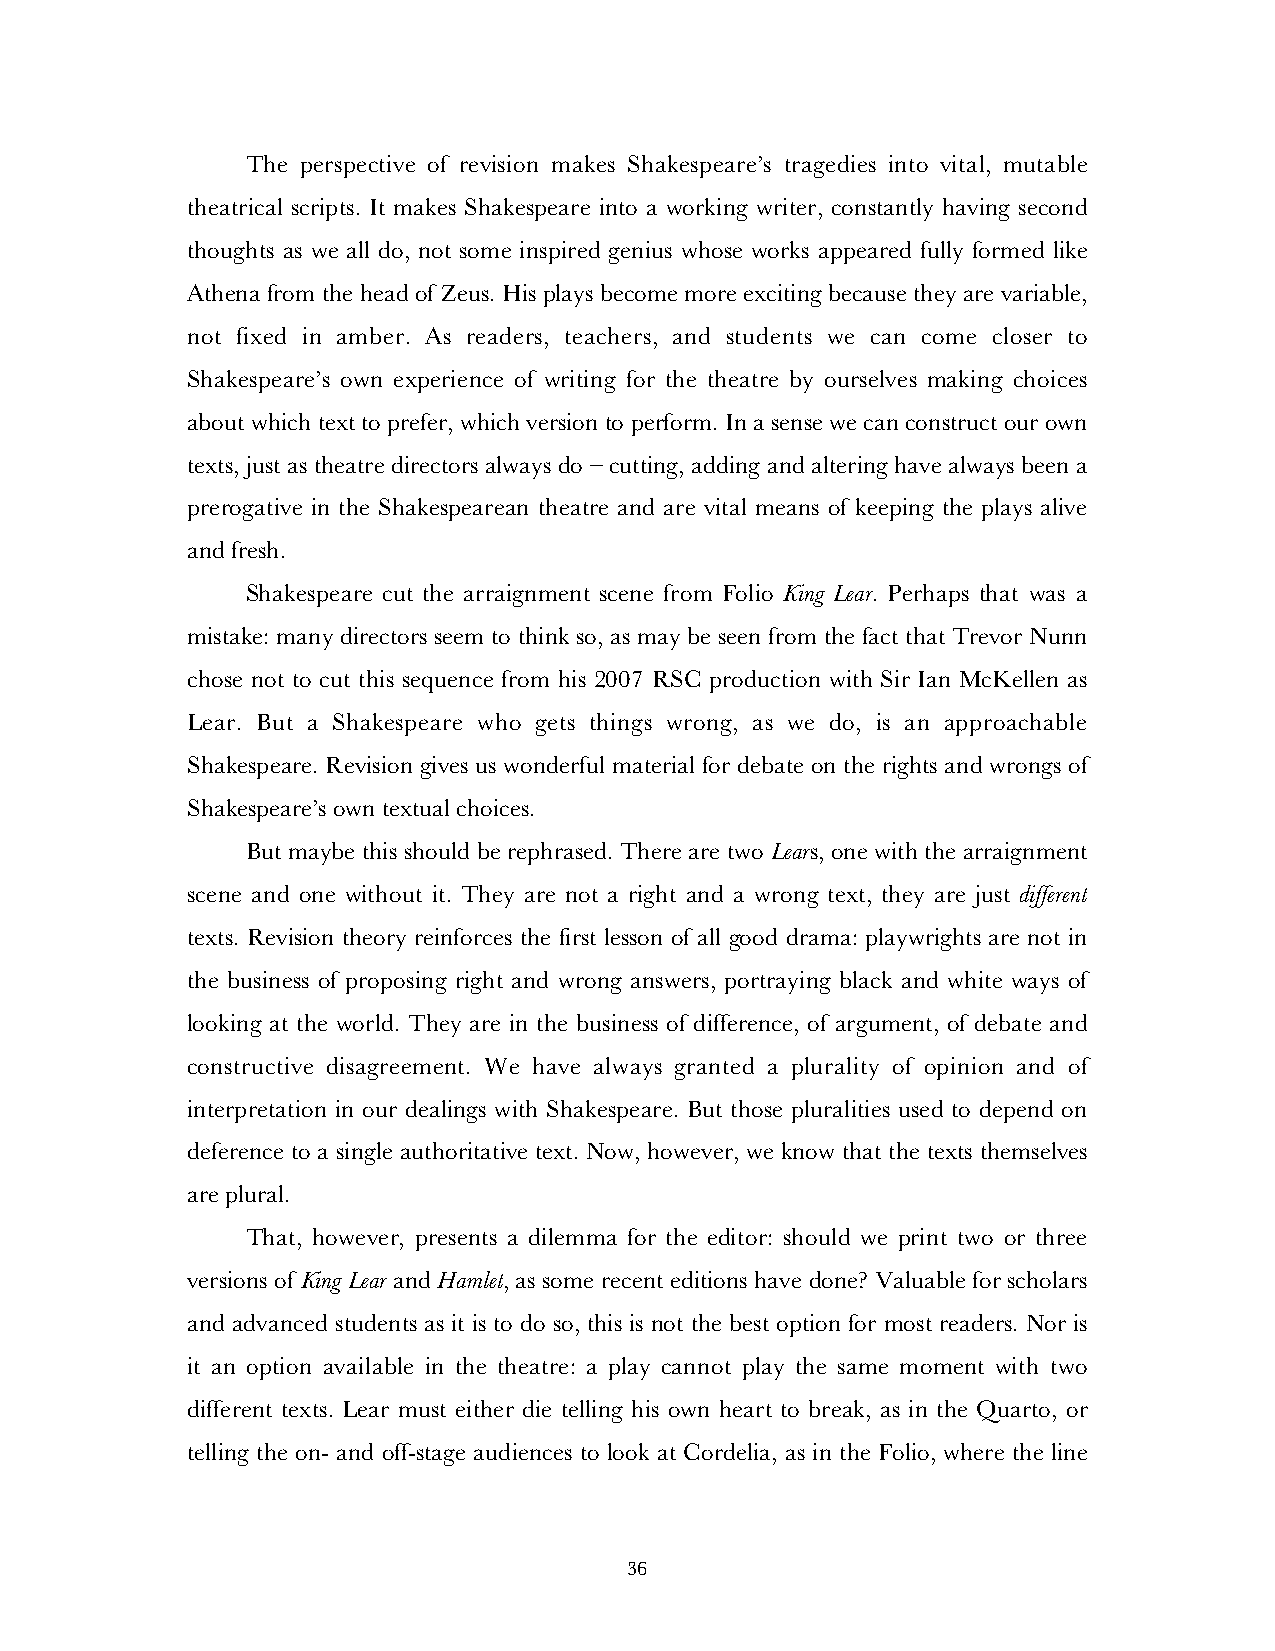
The perspective of revision makes Shakespeare’s tragedies into vital, mutable
 theatrical scripts. It makes Shakespeare into a working writer, constantly having second
 thoughts as we all do, not some inspired genius whose works appeared fully formed like
 Athena from the head of Zeus. His plays become more exciting because they are variable,
 not fixed in amber. As readers, teachers, and students we can come closer to
 Shakespeare’s own experience of writing for the theatre by ourselves making choices
 about which text to prefer, which version to perform. In a sense we can construct our own
 texts, just as theatre directors always do – cutting, adding and altering have always been a
 prerogative in the Shakespearean theatre and are vital means of keeping the plays alive
 and fresh.
 Shakespeare cut the arraignment scene from Folio King Lear. Perhaps that was a
 mistake: many directors seem to think so, as may be seen from the fact that Trevor Nunn
 chose not to cut this sequence from his 2007 RSC production with Sir Ian McKellen as
 Lear. But a Shakespeare who gets things wrong, as we do, is an approachable
 Shakespeare. Revision gives us wonderful material for debate on the rights and wrongs of
 Shakespeare’s own textual choices.
 But maybe this should be rephrased. There are two Lears, one with the arraignment
 scene and one without it. They are not a right and a wrong text, they are just different
 texts. Revision theory reinforces the first lesson of all good drama: playwrights are not in
 the business of proposing right and wrong answers, portraying black and white ways of
 looking at the world. They are in the business of difference, of argument, of debate and
 constructive disagreement. We have always granted a plurality of opinion and of
 interpretation in our dealings with Shakespeare. But those pluralities used to depend on
 deference to a single authoritative text. Now, however, we know that the texts themselves
 are plural.
 That, however, presents a dilemma for the editor: should we print two or three
 versions of King Lear and Hamlet, as some recent editions have done? Valuable for scholars
 and advanced students as it is to do so, this is not the best option for most readers. Nor is
 it an option available in the theatre: a play cannot play the same moment with two
 different texts. Lear must either die telling his own heart to break, as in the Quarto, or
 telling the on- and off-stage audiences to look at Cordelia, as in the Folio, where the line
 36